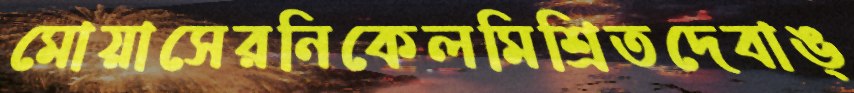
মোয়াসেরনিকেলমিশ্রিতদেবাঙ্